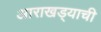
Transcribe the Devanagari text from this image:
आराखड्याची